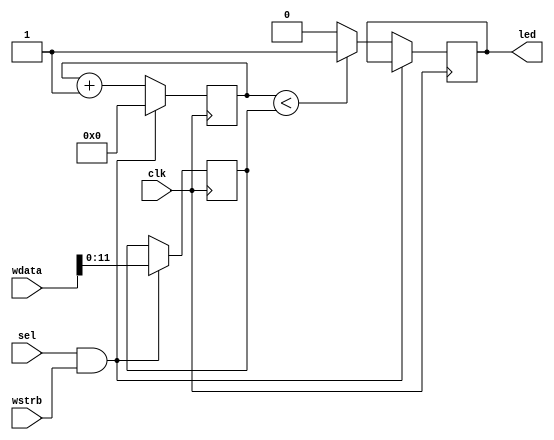
module pwm #(

	parameter WIDTH = 12
) (
	input		clk,
	input		wstrb,
	input		sel,
	input	[31:0]	wdata,

	output led
);

	reg		pwm_led = 1'b0;
	reg [WIDTH-1:0]	pwm_count = 0;
	reg [WIDTH-1:0]	count = 0;

	assign led = pwm_led;

	always @ (posedge clk) begin

		if(sel && wstrb) begin
			pwm_count <= wdata[WIDTH-1:0];
			count <= 0;

		end else begin
			count <= count + 1;
			if (count < pwm_count) begin
				pwm_led <= 1'b1;
			end else begin
				pwm_led <= 1'b0;
			end
		end
	end

endmodule